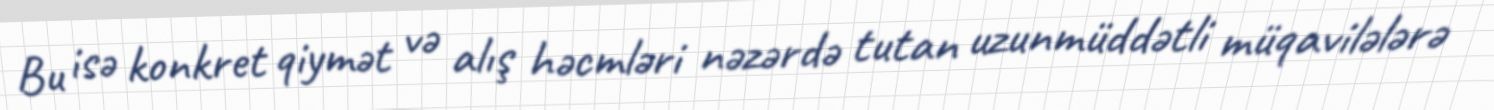
Bu isə konkret qiymət və alış həcmləri nəzərdə tutan uzunmüddətli müqavilələrə